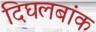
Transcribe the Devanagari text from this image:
दिघलबांक